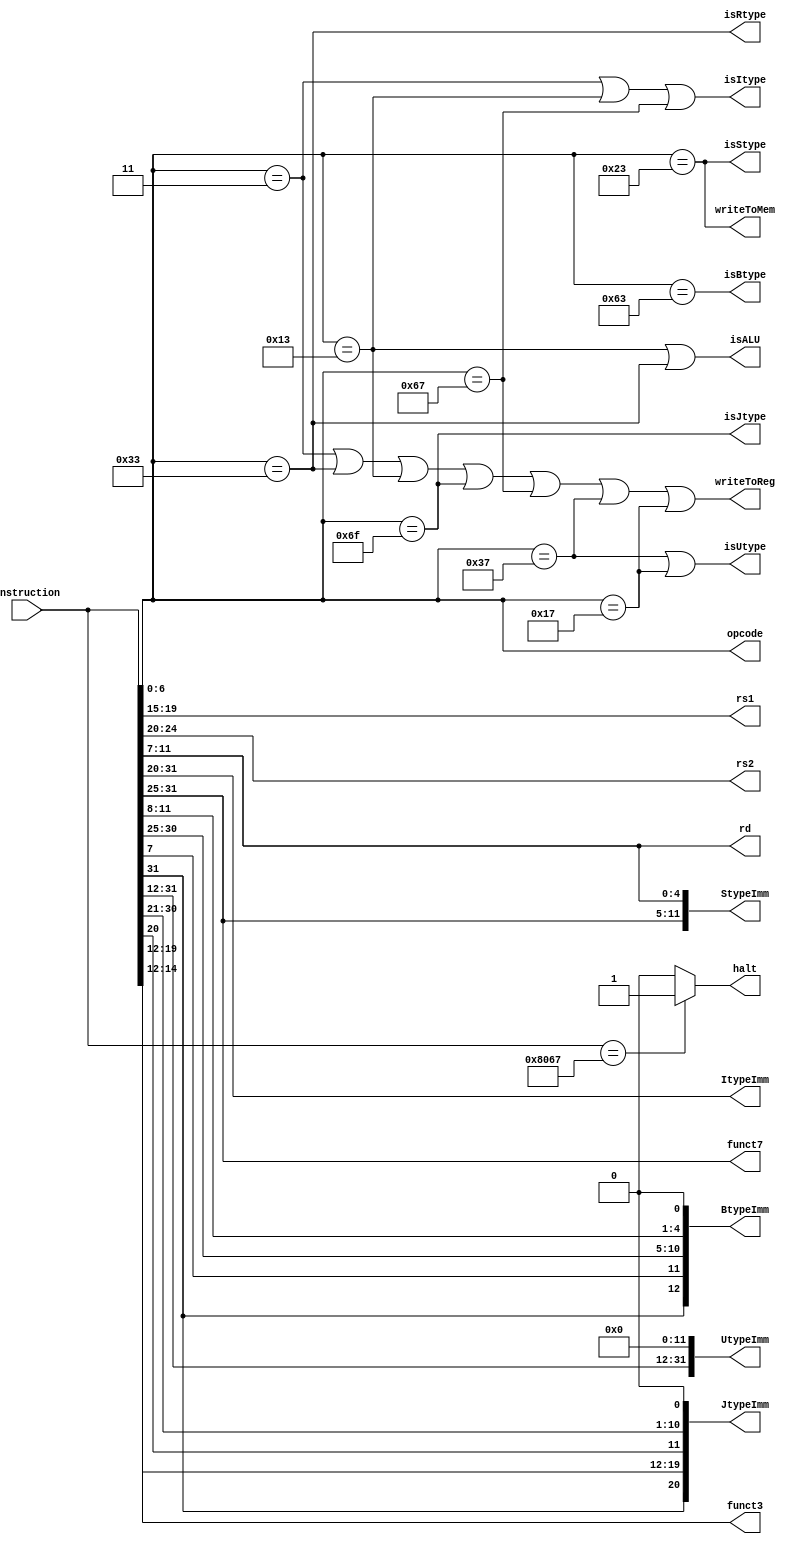
module Decoder (
	input wire[31:0] instruction,
	output wire[6:0] opcode,
	output wire[4:0] rs1,
	output wire[4:0] rs2,
	output wire[4:0] rd,
	output wire writeToReg,
	output wire writeToMem,
	output wire isRtype,
	output wire isItype,
	output wire isStype,
	output wire isBtype,
	output wire isUtype,
	output wire isJtype,
	output wire isALU,
	output wire[11:0] ItypeImm,
	output wire[11:0] StypeImm,
	output wire[12:0] BtypeImm,
	output wire[31:0] UtypeImm,
	output wire[20:0] JtypeImm,
	output wire[2:0] funct3,
	output wire[6:0] funct7,
	output wire halt
	);

	assign opcode = instruction[6:0];

	assign rs1 = instruction[19:15];
	assign rs2 = instruction[24:20];
	// jump instructions must write to ra register
	//assign rd = (opcode == 7'b1100111 || opcode == 7'b1101111) ? 1 : instruction[11:7];
	assign rd = instruction[11:7];

	assign writeToReg = (opcode == 7'b0000011 | opcode == 7'b0110011 | opcode == 7'b0010011 | opcode == 7'b1101111 | opcode == 7'b1100111 | opcode == 7'b110111 | opcode == 7'b10111);

	assign writeToMem = (opcode == 7'b0100011);

	assign isRtype = (opcode == 7'b0110011);
	assign isItype = (opcode == 7'b0000011) | (opcode == 7'b0010011) | (opcode == 7'b1100111);
	assign isStype = (opcode == 7'b0100011);
	assign isBtype = (opcode == 7'b1100011);
	assign isUtype = (opcode == 7'b110111) | (opcode == 7'b10111);
	assign isJtype = (opcode == 7'b1101111);
	assign isALU = (opcode == 7'b0010011) | (opcode == 7'b0110011);

	assign ItypeImm = instruction[31:20];
	assign StypeImm = {instruction[31:25], instruction[11:7]};
	assign BtypeImm = {instruction[31], instruction[7], instruction[30:25], instruction[11:8], 1'b0};
	assign UtypeImm = {instruction[31:12], 12'b0};
	assign JtypeImm = {instruction[31], instruction[19:12], instruction[20], instruction[30:21], 1'b0};

	assign funct3 = instruction[14:12];
	assign funct7 = instruction[31:25];

	assign halt = (instruction == 32'h8067) ? 1 : 0;

endmodule //